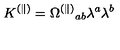
K ^ { ( \| ) } = \Omega ^ { ( \| ) } { } _ { a b } \lambda ^ { a } \lambda ^ { b }